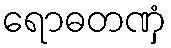
ရောဓတဏှံ